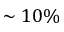
\sim 1 0 \%